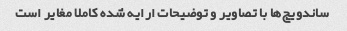
ساندویچ‌ها با تصاویر و توضیحات ارایه شده کاملا مغایر است